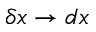
\delta x \rightarrow d x